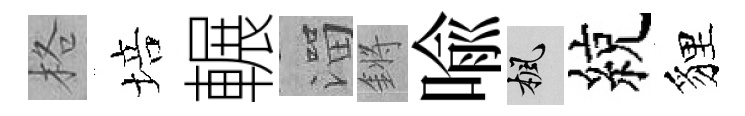
格培輾溜鏘喻楓綂貍